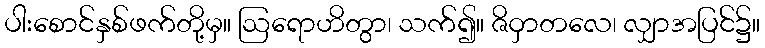
ပါးစောင်နှစ်ဖက်တို့မှ။ ဩရောဟိတွာ၊ သက်၍။ ဇိဝှာတလေ၊ လျှာအပြင်၌။